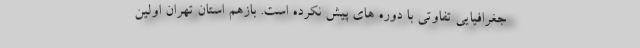
جغرافیایی تفاوتی با دوره های پیش نکرده است. بازهم استان تهران اولین